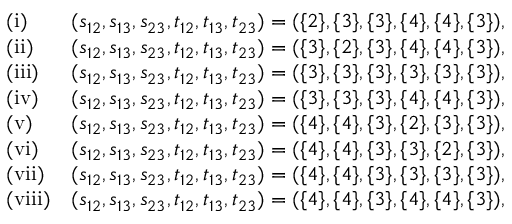
\begin{array} { r l r } & { \mathrm { ( i ) } } & { ( s _ { 1 2 } , s _ { 1 3 } , s _ { 2 3 } , t _ { 1 2 } , t _ { 1 3 } , t _ { 2 3 } ) = ( \{ 2 \} , \{ 3 \} , \{ 3 \} , \{ 4 \} , \{ 4 \} , \{ 3 \} ) , } \\ & { \mathrm { ( i i ) } } & { ( s _ { 1 2 } , s _ { 1 3 } , s _ { 2 3 } , t _ { 1 2 } , t _ { 1 3 } , t _ { 2 3 } ) = ( \{ 3 \} , \{ 2 \} , \{ 3 \} , \{ 4 \} , \{ 4 \} , \{ 3 \} ) , } \\ & { \mathrm { ( i i i ) } } & { ( s _ { 1 2 } , s _ { 1 3 } , s _ { 2 3 } , t _ { 1 2 } , t _ { 1 3 } , t _ { 2 3 } ) = ( \{ 3 \} , \{ 3 \} , \{ 3 \} , \{ 3 \} , \{ 3 \} , \{ 3 \} ) , } \\ & { \mathrm { ( i v ) } } & { ( s _ { 1 2 } , s _ { 1 3 } , s _ { 2 3 } , t _ { 1 2 } , t _ { 1 3 } , t _ { 2 3 } ) = ( \{ 3 \} , \{ 3 \} , \{ 3 \} , \{ 4 \} , \{ 4 \} , \{ 3 \} ) , } \\ & { \mathrm { ( v ) } } & { ( s _ { 1 2 } , s _ { 1 3 } , s _ { 2 3 } , t _ { 1 2 } , t _ { 1 3 } , t _ { 2 3 } ) = ( \{ 4 \} , \{ 4 \} , \{ 3 \} , \{ 2 \} , \{ 3 \} , \{ 3 \} ) , } \\ & { \mathrm { ( v i ) } } & { ( s _ { 1 2 } , s _ { 1 3 } , s _ { 2 3 } , t _ { 1 2 } , t _ { 1 3 } , t _ { 2 3 } ) = ( \{ 4 \} , \{ 4 \} , \{ 3 \} , \{ 3 \} , \{ 2 \} , \{ 3 \} ) , } \\ & { \mathrm { ( v i i ) } } & { ( s _ { 1 2 } , s _ { 1 3 } , s _ { 2 3 } , t _ { 1 2 } , t _ { 1 3 } , t _ { 2 3 } ) = ( \{ 4 \} , \{ 4 \} , \{ 3 \} , \{ 3 \} , \{ 3 \} , \{ 3 \} ) , } \\ & { \mathrm { ( v i i i ) } } & { ( s _ { 1 2 } , s _ { 1 3 } , s _ { 2 3 } , t _ { 1 2 } , t _ { 1 3 } , t _ { 2 3 } ) = ( \{ 4 \} , \{ 4 \} , \{ 3 \} , \{ 4 \} , \{ 4 \} , \{ 3 \} ) , } \end{array}